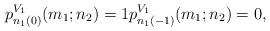
LaTeX: \begin{align*}p_{n_1(0)}^{V_1}(m_1;n_2)=1 p_{n_1(-1)}^{V_1}(m_1;n_2)=0,\end{align*}